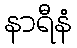
နာရီနံ